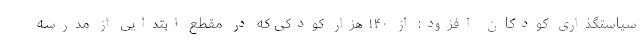
سیاستگذاری کودکان افزود: از ۱۴۰ هزار کودکی که در مقطع ابتدایی از مدرسه